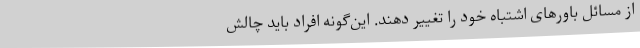
از مسائل باورهای اشتباه خود را تغییر دهند. این‌گونه افراد باید چالش